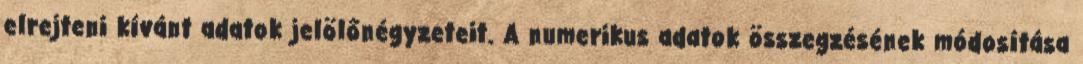
elrejteni kívánt adatok jelölőnégyzeteit. A numerikus adatok összegzésének módosítása